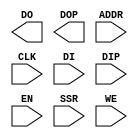
//    Xilinx Proprietary Primitive Cell X_RAMB16_S9 for Verilog
//
// $Header: /devl/xcs/repo/env/Databases/CAEInterfaces/verplex_libs/data/simprims/X_RAMB16_S9.v,v 1.4.148.3 2004/09/28 20:47:46 wloo Exp $
//

`celldefine
`timescale 1 ps/1 ps

module X_RAMB16_S9 (DO, DOP, ADDR, CLK, DI, DIP, EN, SSR, WE);

    parameter INIT = 9'h0;
    parameter SRVAL = 9'h0;
    parameter WRITE_MODE = "WRITE_FIRST";

    parameter INIT_00 = 256'h0000000000000000000000000000000000000000000000000000000000000000;
    parameter INIT_01 = 256'h0000000000000000000000000000000000000000000000000000000000000000;
    parameter INIT_02 = 256'h0000000000000000000000000000000000000000000000000000000000000000;
    parameter INIT_03 = 256'h0000000000000000000000000000000000000000000000000000000000000000;
    parameter INIT_04 = 256'h0000000000000000000000000000000000000000000000000000000000000000;
    parameter INIT_05 = 256'h0000000000000000000000000000000000000000000000000000000000000000;
    parameter INIT_06 = 256'h0000000000000000000000000000000000000000000000000000000000000000;
    parameter INIT_07 = 256'h0000000000000000000000000000000000000000000000000000000000000000;
    parameter INIT_08 = 256'h0000000000000000000000000000000000000000000000000000000000000000;
    parameter INIT_09 = 256'h0000000000000000000000000000000000000000000000000000000000000000;
    parameter INIT_0A = 256'h0000000000000000000000000000000000000000000000000000000000000000;
    parameter INIT_0B = 256'h0000000000000000000000000000000000000000000000000000000000000000;
    parameter INIT_0C = 256'h0000000000000000000000000000000000000000000000000000000000000000;
    parameter INIT_0D = 256'h0000000000000000000000000000000000000000000000000000000000000000;
    parameter INIT_0E = 256'h0000000000000000000000000000000000000000000000000000000000000000;
    parameter INIT_0F = 256'h0000000000000000000000000000000000000000000000000000000000000000;
    parameter INIT_10 = 256'h0000000000000000000000000000000000000000000000000000000000000000;
    parameter INIT_11 = 256'h0000000000000000000000000000000000000000000000000000000000000000;
    parameter INIT_12 = 256'h0000000000000000000000000000000000000000000000000000000000000000;
    parameter INIT_13 = 256'h0000000000000000000000000000000000000000000000000000000000000000;
    parameter INIT_14 = 256'h0000000000000000000000000000000000000000000000000000000000000000;
    parameter INIT_15 = 256'h0000000000000000000000000000000000000000000000000000000000000000;
    parameter INIT_16 = 256'h0000000000000000000000000000000000000000000000000000000000000000;
    parameter INIT_17 = 256'h0000000000000000000000000000000000000000000000000000000000000000;
    parameter INIT_18 = 256'h0000000000000000000000000000000000000000000000000000000000000000;
    parameter INIT_19 = 256'h0000000000000000000000000000000000000000000000000000000000000000;
    parameter INIT_1A = 256'h0000000000000000000000000000000000000000000000000000000000000000;
    parameter INIT_1B = 256'h0000000000000000000000000000000000000000000000000000000000000000;
    parameter INIT_1C = 256'h0000000000000000000000000000000000000000000000000000000000000000;
    parameter INIT_1D = 256'h0000000000000000000000000000000000000000000000000000000000000000;
    parameter INIT_1E = 256'h0000000000000000000000000000000000000000000000000000000000000000;
    parameter INIT_1F = 256'h0000000000000000000000000000000000000000000000000000000000000000;
    parameter INIT_20 = 256'h0000000000000000000000000000000000000000000000000000000000000000;
    parameter INIT_21 = 256'h0000000000000000000000000000000000000000000000000000000000000000;
    parameter INIT_22 = 256'h0000000000000000000000000000000000000000000000000000000000000000;
    parameter INIT_23 = 256'h0000000000000000000000000000000000000000000000000000000000000000;
    parameter INIT_24 = 256'h0000000000000000000000000000000000000000000000000000000000000000;
    parameter INIT_25 = 256'h0000000000000000000000000000000000000000000000000000000000000000;
    parameter INIT_26 = 256'h0000000000000000000000000000000000000000000000000000000000000000;
    parameter INIT_27 = 256'h0000000000000000000000000000000000000000000000000000000000000000;
    parameter INIT_28 = 256'h0000000000000000000000000000000000000000000000000000000000000000;
    parameter INIT_29 = 256'h0000000000000000000000000000000000000000000000000000000000000000;
    parameter INIT_2A = 256'h0000000000000000000000000000000000000000000000000000000000000000;
    parameter INIT_2B = 256'h0000000000000000000000000000000000000000000000000000000000000000;
    parameter INIT_2C = 256'h0000000000000000000000000000000000000000000000000000000000000000;
    parameter INIT_2D = 256'h0000000000000000000000000000000000000000000000000000000000000000;
    parameter INIT_2E = 256'h0000000000000000000000000000000000000000000000000000000000000000;
    parameter INIT_2F = 256'h0000000000000000000000000000000000000000000000000000000000000000;
    parameter INIT_30 = 256'h0000000000000000000000000000000000000000000000000000000000000000;
    parameter INIT_31 = 256'h0000000000000000000000000000000000000000000000000000000000000000;
    parameter INIT_32 = 256'h0000000000000000000000000000000000000000000000000000000000000000;
    parameter INIT_33 = 256'h0000000000000000000000000000000000000000000000000000000000000000;
    parameter INIT_34 = 256'h0000000000000000000000000000000000000000000000000000000000000000;
    parameter INIT_35 = 256'h0000000000000000000000000000000000000000000000000000000000000000;
    parameter INIT_36 = 256'h0000000000000000000000000000000000000000000000000000000000000000;
    parameter INIT_37 = 256'h0000000000000000000000000000000000000000000000000000000000000000;
    parameter INIT_38 = 256'h0000000000000000000000000000000000000000000000000000000000000000;
    parameter INIT_39 = 256'h0000000000000000000000000000000000000000000000000000000000000000;
    parameter INIT_3A = 256'h0000000000000000000000000000000000000000000000000000000000000000;
    parameter INIT_3B = 256'h0000000000000000000000000000000000000000000000000000000000000000;
    parameter INIT_3C = 256'h0000000000000000000000000000000000000000000000000000000000000000;
    parameter INIT_3D = 256'h0000000000000000000000000000000000000000000000000000000000000000;
    parameter INIT_3E = 256'h0000000000000000000000000000000000000000000000000000000000000000;
    parameter INIT_3F = 256'h0000000000000000000000000000000000000000000000000000000000000000;
    parameter INITP_00 = 256'h0000000000000000000000000000000000000000000000000000000000000000;
    parameter INITP_01 = 256'h0000000000000000000000000000000000000000000000000000000000000000;
    parameter INITP_02 = 256'h0000000000000000000000000000000000000000000000000000000000000000;
    parameter INITP_03 = 256'h0000000000000000000000000000000000000000000000000000000000000000;
    parameter INITP_04 = 256'h0000000000000000000000000000000000000000000000000000000000000000;
    parameter INITP_05 = 256'h0000000000000000000000000000000000000000000000000000000000000000;
    parameter INITP_06 = 256'h0000000000000000000000000000000000000000000000000000000000000000;
    parameter INITP_07 = 256'h0000000000000000000000000000000000000000000000000000000000000000;

    output [7:0] DO;
    output [0:0] DOP;
    reg [7:0] DO;
    reg [0:0] DOP;

    input [10:0] ADDR;
    input [7:0] DI;
    input [0:0] DIP;
    input EN, CLK, WE, SSR;


// synopsys translate_off
    reg [18431:0] mem;
    reg [8:0] count;
    reg [1:0] wr_mode;

    initial begin
	for (count = 0; count < 256; count = count + 1) begin
	    mem[count]		  <= INIT_00[count];
	    mem[256 * 1 + count]  <= INIT_01[count];
	    mem[256 * 2 + count]  <= INIT_02[count];
	    mem[256 * 3 + count]  <= INIT_03[count];
	    mem[256 * 4 + count]  <= INIT_04[count];
	    mem[256 * 5 + count]  <= INIT_05[count];
	    mem[256 * 6 + count]  <= INIT_06[count];
	    mem[256 * 7 + count]  <= INIT_07[count];
	    mem[256 * 8 + count]  <= INIT_08[count];
	    mem[256 * 9 + count]  <= INIT_09[count];
	    mem[256 * 10 + count] <= INIT_0A[count];
	    mem[256 * 11 + count] <= INIT_0B[count];
	    mem[256 * 12 + count] <= INIT_0C[count];
	    mem[256 * 13 + count] <= INIT_0D[count];
	    mem[256 * 14 + count] <= INIT_0E[count];
	    mem[256 * 15 + count] <= INIT_0F[count];
	    mem[256 * 16 + count] <= INIT_10[count];
	    mem[256 * 17 + count] <= INIT_11[count];
	    mem[256 * 18 + count] <= INIT_12[count];
	    mem[256 * 19 + count] <= INIT_13[count];
	    mem[256 * 20 + count] <= INIT_14[count];
	    mem[256 * 21 + count] <= INIT_15[count];
	    mem[256 * 22 + count] <= INIT_16[count];
	    mem[256 * 23 + count] <= INIT_17[count];
	    mem[256 * 24 + count] <= INIT_18[count];
	    mem[256 * 25 + count] <= INIT_19[count];
	    mem[256 * 26 + count] <= INIT_1A[count];
	    mem[256 * 27 + count] <= INIT_1B[count];
	    mem[256 * 28 + count] <= INIT_1C[count];
	    mem[256 * 29 + count] <= INIT_1D[count];
	    mem[256 * 30 + count] <= INIT_1E[count];
	    mem[256 * 31 + count] <= INIT_1F[count];
	    mem[256 * 32 + count] <= INIT_20[count];
	    mem[256 * 33 + count] <= INIT_21[count];
	    mem[256 * 34 + count] <= INIT_22[count];
	    mem[256 * 35 + count] <= INIT_23[count];
	    mem[256 * 36 + count] <= INIT_24[count];
	    mem[256 * 37 + count] <= INIT_25[count];
	    mem[256 * 38 + count] <= INIT_26[count];
	    mem[256 * 39 + count] <= INIT_27[count];
	    mem[256 * 40 + count] <= INIT_28[count];
	    mem[256 * 41 + count] <= INIT_29[count];
	    mem[256 * 42 + count] <= INIT_2A[count];
	    mem[256 * 43 + count] <= INIT_2B[count];
	    mem[256 * 44 + count] <= INIT_2C[count];
	    mem[256 * 45 + count] <= INIT_2D[count];
	    mem[256 * 46 + count] <= INIT_2E[count];
	    mem[256 * 47 + count] <= INIT_2F[count];
	    mem[256 * 48 + count] <= INIT_30[count];
	    mem[256 * 49 + count] <= INIT_31[count];
	    mem[256 * 50 + count] <= INIT_32[count];
	    mem[256 * 51 + count] <= INIT_33[count];
	    mem[256 * 52 + count] <= INIT_34[count];
	    mem[256 * 53 + count] <= INIT_35[count];
	    mem[256 * 54 + count] <= INIT_36[count];
	    mem[256 * 55 + count] <= INIT_37[count];
	    mem[256 * 56 + count] <= INIT_38[count];
	    mem[256 * 57 + count] <= INIT_39[count];
	    mem[256 * 58 + count] <= INIT_3A[count];
	    mem[256 * 59 + count] <= INIT_3B[count];
	    mem[256 * 60 + count] <= INIT_3C[count];
	    mem[256 * 61 + count] <= INIT_3D[count];
	    mem[256 * 62 + count] <= INIT_3E[count];
	    mem[256 * 63 + count] <= INIT_3F[count];
	    mem[256 * 64 + count] <= INITP_00[count];
	    mem[256 * 65 + count] <= INITP_01[count];
	    mem[256 * 66 + count] <= INITP_02[count];
	    mem[256 * 67 + count] <= INITP_03[count];
	    mem[256 * 68 + count] <= INITP_04[count];
	    mem[256 * 69 + count] <= INITP_05[count];
	    mem[256 * 70 + count] <= INITP_06[count];
	    mem[256 * 71 + count] <= INITP_07[count];
	end
    end

    initial begin
	case (WRITE_MODE)
	    "WRITE_FIRST" : wr_mode <= 2'b00;
	    "READ_FIRST"  : wr_mode <= 2'b01;
	    "NO_CHANGE"   : wr_mode <= 2'b10;
	    default       : begin
				$display("Error : WRITE_MODE = %s is not WRITE_FIRST, READ_FIRST or NO_CHANGE.", WRITE_MODE);
				$finish;
			    end
	endcase
    end

    always @(posedge CLK) begin
	if (EN == 1'b1) begin
	    if (SSR == 1'b1) begin
		DO[0] <= SRVAL[0];
		DO[1] <= SRVAL[1];
		DO[2] <= SRVAL[2];
		DO[3] <= SRVAL[3];
		DO[4] <= SRVAL[4];
		DO[5] <= SRVAL[5];
		DO[6] <= SRVAL[6];
		DO[7] <= SRVAL[7];
		DOP[0] <= SRVAL[8];
	    end
	    else begin
		if (WE == 1'b1) begin
		    if (wr_mode == 2'b00) begin
			DO[0] <= DI[0];
			DO[1] <= DI[1];
			DO[2] <= DI[2];
			DO[3] <= DI[3];
			DO[4] <= DI[4];
			DO[5] <= DI[5];
			DO[6] <= DI[6];
			DO[7] <= DI[7];
			DOP[0] <= DIP[0];
		    end
		    else if (wr_mode == 2'b01) begin
			DO[0] <= mem[ADDR * 8 + 0];
			DO[1] <= mem[ADDR * 8 + 1];
			DO[2] <= mem[ADDR * 8 + 2];
			DO[3] <= mem[ADDR * 8 + 3];
			DO[4] <= mem[ADDR * 8 + 4];
			DO[5] <= mem[ADDR * 8 + 5];
			DO[6] <= mem[ADDR * 8 + 6];
			DO[7] <= mem[ADDR * 8 + 7];
			DOP[0] <= mem[16384 + ADDR * 1 + 0];
		    end
		end
		else begin
		    DO[0] <= mem[ADDR * 8 + 0];
		    DO[1] <= mem[ADDR * 8 + 1];
		    DO[2] <= mem[ADDR * 8 + 2];
		    DO[3] <= mem[ADDR * 8 + 3];
		    DO[4] <= mem[ADDR * 8 + 4];
		    DO[5] <= mem[ADDR * 8 + 5];
		    DO[6] <= mem[ADDR * 8 + 6];
		    DO[7] <= mem[ADDR * 8 + 7];
		    DOP[0] <= mem[16384 + ADDR * 1 + 0];
		end
	    end
	end
    end

    always @(posedge CLK) begin
	if (EN == 1'b1 && WE == 1'b1) begin
	    mem[ADDR * 8 + 0] <= DI[0];
	    mem[ADDR * 8 + 1] <= DI[1];
	    mem[ADDR * 8 + 2] <= DI[2];
	    mem[ADDR * 8 + 3] <= DI[3];
	    mem[ADDR * 8 + 4] <= DI[4];
	    mem[ADDR * 8 + 5] <= DI[5];
	    mem[ADDR * 8 + 6] <= DI[6];
	    mem[ADDR * 8 + 7] <= DI[7];
	    mem[16384 + ADDR * 1 + 0] <= DIP[0];
	end
    end
// synopsys translate_on

endmodule